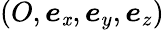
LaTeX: (O,\boldsymbol{e}_{\mathit{x}},\boldsymbol{e}_{y},\boldsymbol{e}_{z})